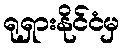
ရုရှားနိုင်ငံမှ